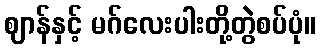
ဈာန်နှင့် မဂ်လေးပါးတို့တွဲစပ်ပုံ။